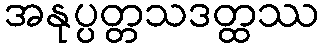
အနုပ္ပတ္တသဒတ္ထဿ